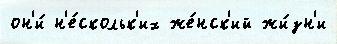
он'и́ н'е́скольк'их же́нск'ий жи́зн'и